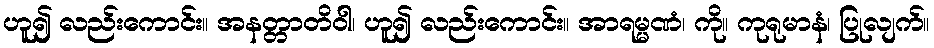
ဟူ၍ လည်းကောင်း။ အနတ္တာတိဝါ၊ ဟူ၍ လည်းကောင်း။ အာရမ္မဏံ၊ ကို။ ကုရုမာနံ၊ ပြုလျက်။